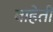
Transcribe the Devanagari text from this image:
बाहेती